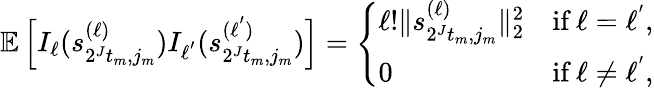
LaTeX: \begin{array}{r}{\mathbb{E}\left[I_{\ell}(s_{2^{J}t_{m},j_{m}}^{(\ell)})I_{\ell^{'}}(s_{2^{J}t_{m},j_{m}}^{(\ell^{'})})\right]=\left\{ \begin{array}{ll}{\ell!\| s_{2^{J}t_{m},j_{m}}^{(\ell)}\| _{2}^{2}}&{\textup{if}\ \ell=\ell^{'},}\\ {0}&{\textup{if}\ \ell\neq\ell^{'},}\end{array}\right.}\end{array}